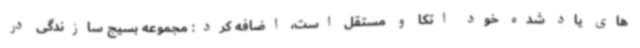
های یاد شده خود اتکا و مستقل است، اضافه کرد: مجموعه بسیج سازندگی در